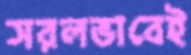
সরলভাবেই